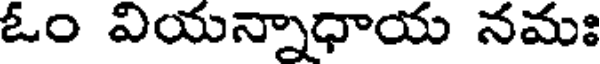
ఓం వియన్నాధాయ నమః